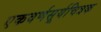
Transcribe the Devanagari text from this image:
एकवर्णसूर्यचित्रक